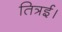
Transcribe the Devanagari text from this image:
तित्रई।